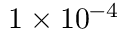
1 \times 1 0 ^ { - 4 }